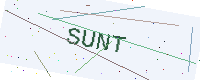
Text: SUNT